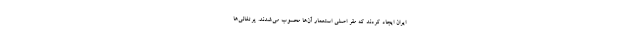
ایران ایجاد کردند که مقر اصلی استعمار آن‌ها محسوب می‌شدند. پرتغالی‌ها